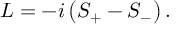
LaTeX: L = - i \left( S _ { + } - S _ { - } \right) .